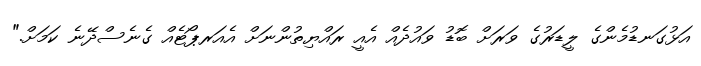
އަޅުގަނޑުމެންގެ ލީޑަރުގެ ވަރަށް ބޮޑު ވައުދެއް އެއީ ރައްޔިތުންނަށް އެއަރޕޯޓެއް ގެނެސްދޭނެ ކަމަށް."